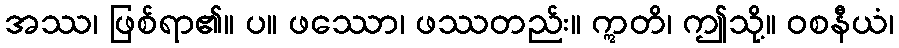
အဿ၊ ဖြစ်ရာ၏။ ပ။ ဖဿော၊ ဖဿတည်း။ ဣတိ၊ ဤသို့။ ဝစနီယံ၊